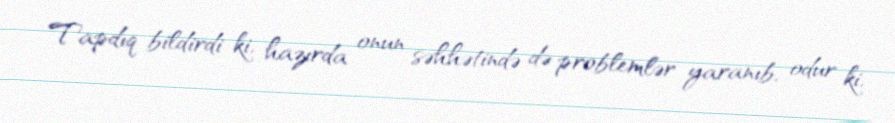
Tapdıq bildirdi ki, hazırda onun səhhətində də problemlər yaranıb, odur ki,